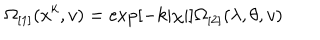
\Omega _ { \lbrack 1 ] } ( x ^ { k } , v ) = \exp [ - k | \chi | ] \Omega _ { \lbrack 2 ] } ( \lambda , \theta , v )